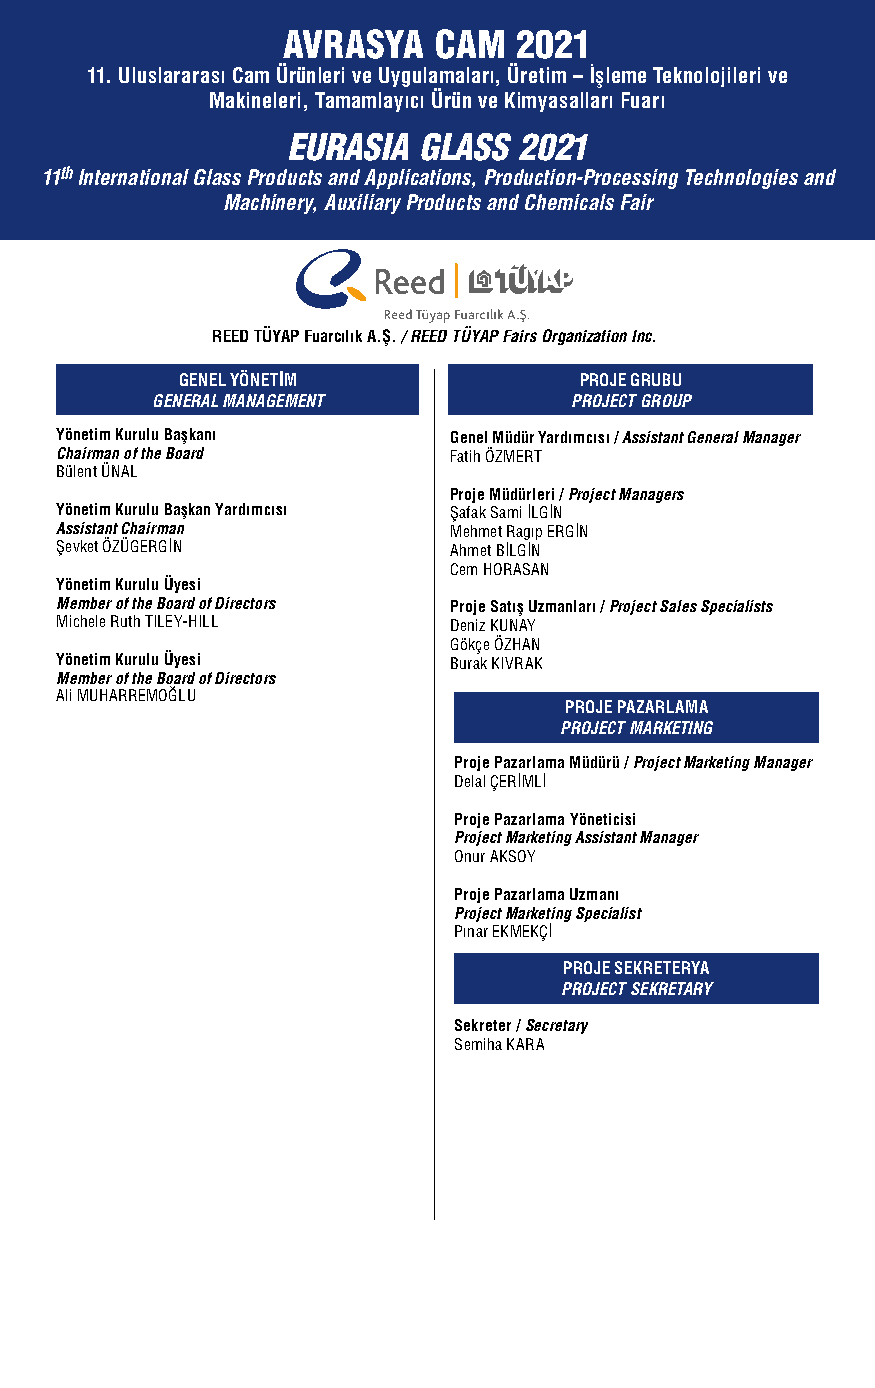
AVRASYA   CAM  2021
 11. Uluslararası Cam Ürünleri ve Uygulamaları, Üretim – İşleme Teknolojileri ve
 Makineleri, Tamamlayıcı Ürün ve Kimyasalları Fuarı
 EURASIA  GLASS 2021
 11th International Glass Products and Applications, Production-Processing Technologies and
 Machinery, Auxiliary Products and Chemicals Fair
 REED TÜYAP Fuarcılık A.Ş. / REED TÜYAP Fairs Organization Inc.
 GENEL YÖNET‹M             PROJE GRUBU
 GENERAL MANAGEMENT          PROJECT GROUP
 Yönetim Kurulu Başkanı    Genel Müdür Yardımcısı / Assistant General Manager
 Chairman of the Board     Fatih ÖZMERT
 Bülent ÜNAL
 Proje Müdürleri / Project Managers
 Yönetim Kurulu Başkan Yardımcısı Şafak Sami İLGİN
 Assistant Chairman        Mehmet Ragıp ERGİN
 Şevket ÖZÜGERGİN          Ahmet BİLGİN
 Cem HORASAN
 Yönetim Kurulu Üyesi
 Member of the Board of Directors Proje Satış Uzmanları / Project Sales Specialists
 Michele Ruth TILEY-HILL   Deniz KUNAY
 Gökçe ÖZHAN
 Yönetim Kurulu Üyesi      Burak KIVRAK
 Member of the Board of Directors
 Ali MUHARREMOĞLU
 PROJE PAZARLAMA
 PROJECT MARKETING
 Proje Pazarlama Müdürü / Project Marketing Manager
 Delal ÇERİMLİ
 Proje Pazarlama Yöneticisi
 Project Marketing Assistant Manager
 Onur AKSOY
 Proje Pazarlama Uzmanı
 Project Marketing Specialist
 Pınar EKMEKÇİ
 PROJE SEKRETERYA
 PROJECT SEKRETARY
 Sekreter / Secretary
 Semiha KARA